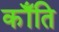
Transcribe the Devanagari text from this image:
कॉँति